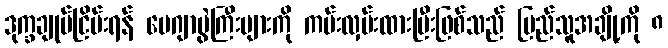
ဒုက္ခချုပ်ငြိမ်းရန် မေဂျာပွဲကြီးများကို ကမ်းလှမ်းထားပြီးဖြစ်သည် ပြည်သူအချို့ကို ၈